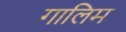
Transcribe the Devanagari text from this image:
गालिम